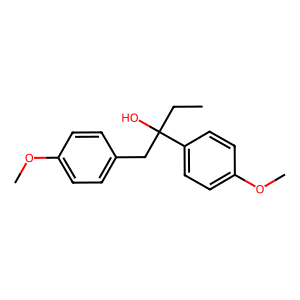
SMILES: CCC(O)(Cc1ccc(OC)cc1)c1ccc(OC)cc1
Inhibits HIV replication: No